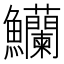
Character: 𬵿